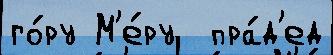
го́ру М'е́ру  пра́д'ед